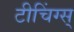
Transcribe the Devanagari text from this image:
टीचिंग्स्‌